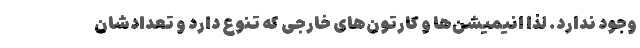
وجود ندارد. لذا انیمیشن‌ها و کارتون‌های خارجی که تنوع دارد و تعدادشان